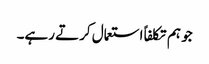
جو ہم تکلفاً استعمال کرتے رہے۔